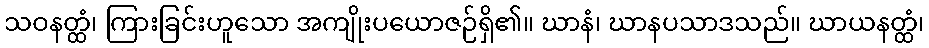
သဝနတ္ထံ၊ ကြားခြင်းဟူသော အကျိုးပယောဇဉ်ရှိ၏။ ဃာနံ၊ ဃာနပသာဒသည်။ ဃာယနတ္ထံ၊